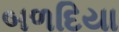
બળદિયા